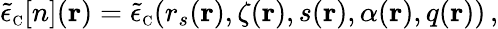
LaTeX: \tilde{\epsilon}_{\scriptscriptstyle\mathrm{C}}[n]({\mathbf r})=\tilde{\epsilon}_{\scriptscriptstyle\mathrm{C}}(r_{s}({\mathbf r}),\zeta({\mathbf r}),s({\mathbf r}),\alpha({\mathbf r}),q({\mathbf r}))\, ,